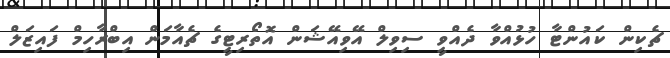
ޗެކިން ކައުންޓާ ހުޅުއްވާ ދެއްވީ ސިވިލް އޭވިއޭޝަން އޮތޯރިޓީގެ ޗެއާމަން އިބްރާހިމް ފައިޒަލް